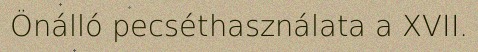
Önálló pecséthasználata a XVII.